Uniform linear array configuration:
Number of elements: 24
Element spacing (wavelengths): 1
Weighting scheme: exponential
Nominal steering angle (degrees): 30
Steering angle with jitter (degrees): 30.533
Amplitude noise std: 0.05
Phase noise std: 0.05

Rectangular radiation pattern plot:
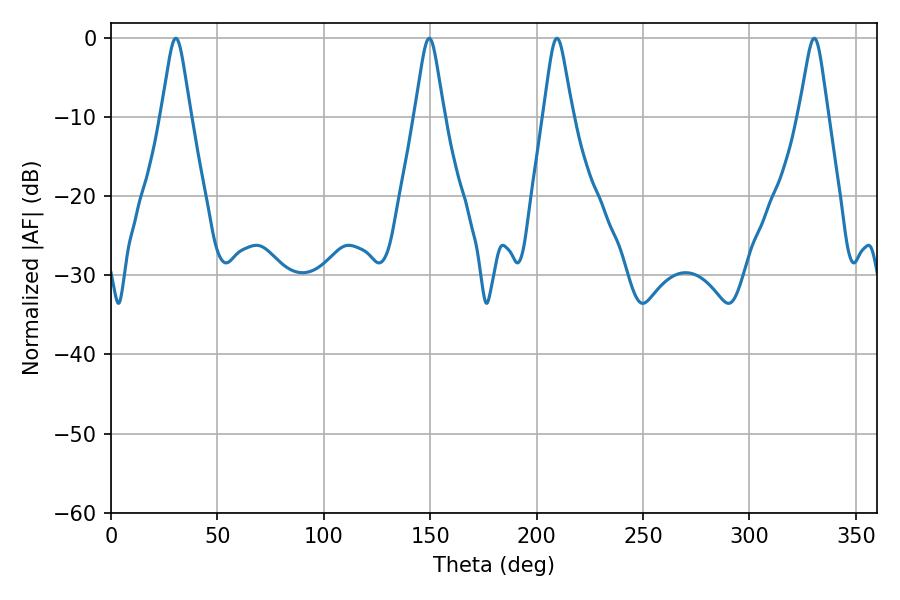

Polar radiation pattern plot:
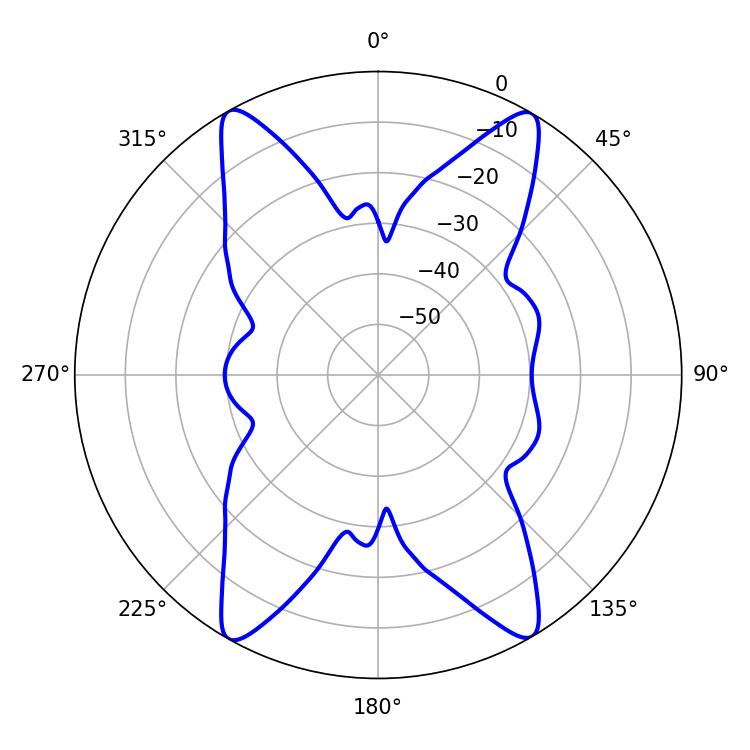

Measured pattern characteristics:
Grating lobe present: TRUE
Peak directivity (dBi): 30.884
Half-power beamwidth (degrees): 6.48
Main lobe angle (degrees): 209.52